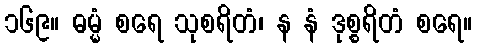
၁၆၉။ ဓမ္မံ စရေ သုစရိတံ၊ န နံ ဒုစ္စရိတံ စရေ။